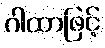
ဂါထာဖြင့်